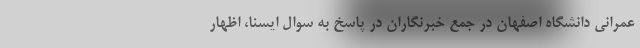
عمرانی دانشگاه اصفهان در جمع خبرنگاران در پاسخ به سوال ایسنا، اظهار